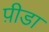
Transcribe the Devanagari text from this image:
प़ीडा